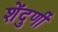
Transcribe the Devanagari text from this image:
शेंदुर्णी